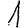
Digit: 1